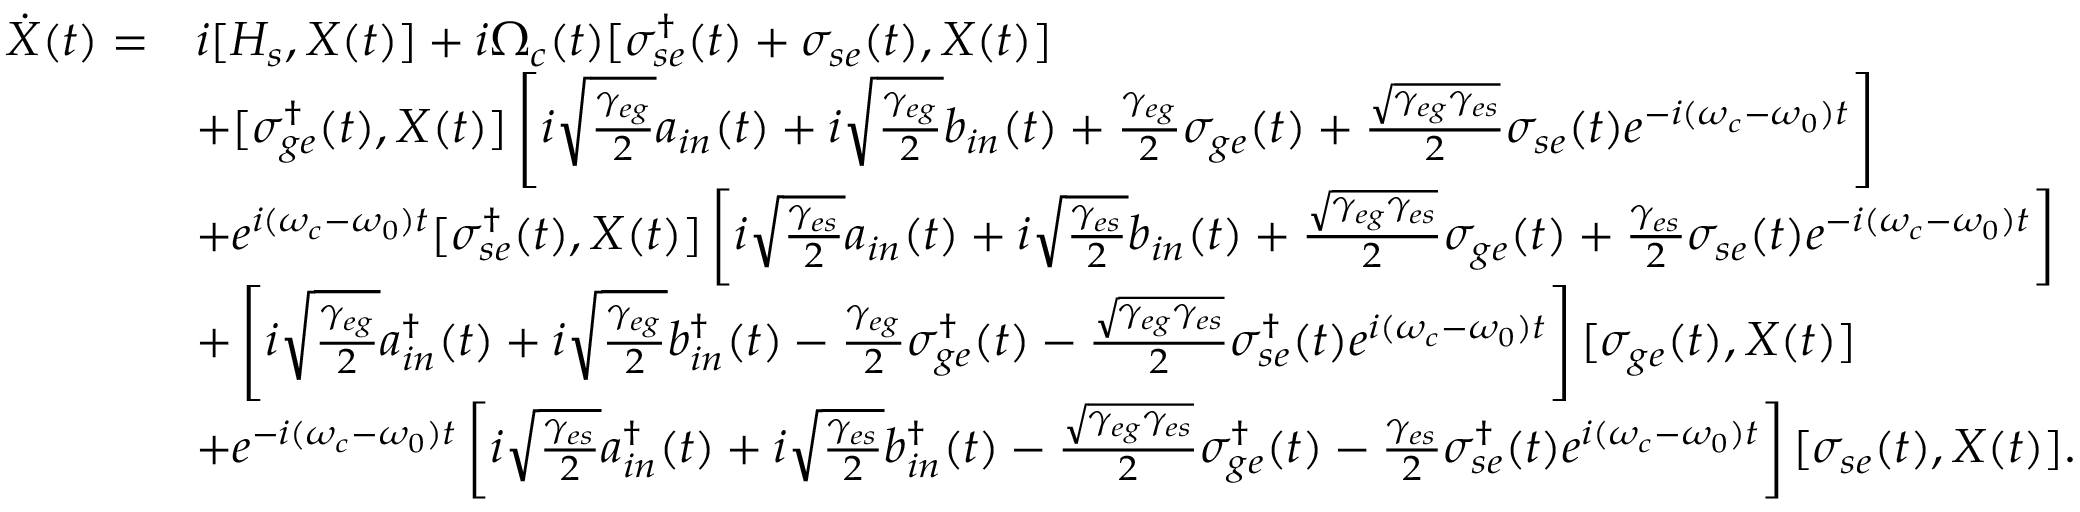
\begin{array} { r l } { \dot { X } ( t ) = } & { i [ H _ { s } , X ( t ) ] + i \Omega _ { c } ( t ) [ \sigma _ { s e } ^ { \dagger } ( t ) + \sigma _ { s e } ( t ) , X ( t ) ] } \\ & { + [ \sigma _ { g e } ^ { \dagger } ( t ) , X ( t ) ] \left[ i \sqrt { \frac { \gamma _ { e g } } { 2 } } a _ { i n } ( t ) + i \sqrt { \frac { \gamma _ { e g } } { 2 } } b _ { i n } ( t ) + \frac { \gamma _ { e g } } { 2 } \sigma _ { g e } ( t ) + \frac { \sqrt { \gamma _ { e g } \gamma _ { e s } } } { 2 } \sigma _ { s e } ( t ) e ^ { - i ( \omega _ { c } - \omega _ { 0 } ) t } \right] } \\ & { + e ^ { i ( \omega _ { c } - \omega _ { 0 } ) t } [ \sigma _ { s e } ^ { \dagger } ( t ) , X ( t ) ] \left[ i \sqrt { \frac { \gamma _ { e s } } { 2 } } a _ { i n } ( t ) + i \sqrt { \frac { \gamma _ { e s } } { 2 } } b _ { i n } ( t ) + \frac { \sqrt { \gamma _ { e g } \gamma _ { e s } } } { 2 } \sigma _ { g e } ( t ) + \frac { \gamma _ { e s } } { 2 } \sigma _ { s e } ( t ) e ^ { - i ( \omega _ { c } - \omega _ { 0 } ) t } \right] } \\ & { + \left[ i \sqrt { \frac { \gamma _ { e g } } { 2 } } a _ { i n } ^ { \dagger } ( t ) + i \sqrt { \frac { \gamma _ { e g } } { 2 } } b _ { i n } ^ { \dagger } ( t ) - \frac { \gamma _ { e g } } { 2 } \sigma _ { g e } ^ { \dagger } ( t ) - \frac { \sqrt { \gamma _ { e g } \gamma _ { e s } } } { 2 } \sigma _ { s e } ^ { \dagger } ( t ) e ^ { i ( \omega _ { c } - \omega _ { 0 } ) t } \right] [ \sigma _ { g e } ( t ) , X ( t ) ] } \\ & { + e ^ { - i ( \omega _ { c } - \omega _ { 0 } ) t } \left[ i \sqrt { \frac { \gamma _ { e s } } { 2 } } a _ { i n } ^ { \dagger } ( t ) + i \sqrt { \frac { \gamma _ { e s } } { 2 } } b _ { i n } ^ { \dagger } ( t ) - \frac { \sqrt { \gamma _ { e g } \gamma _ { e s } } } { 2 } \sigma _ { g e } ^ { \dagger } ( t ) - \frac { \gamma _ { e s } } { 2 } \sigma _ { s e } ^ { \dagger } ( t ) e ^ { i ( \omega _ { c } - \omega _ { 0 } ) t } \right] [ \sigma _ { s e } ( t ) , X ( t ) ] . } \end{array}